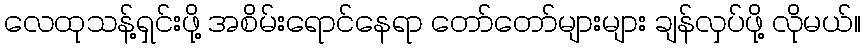
လေထုသန့်ရှင်းဖို့ အစိမ်းရောင်နေရာ တော်တော်များများ ချန်လှပ်ဖို့ လိုမယ်။